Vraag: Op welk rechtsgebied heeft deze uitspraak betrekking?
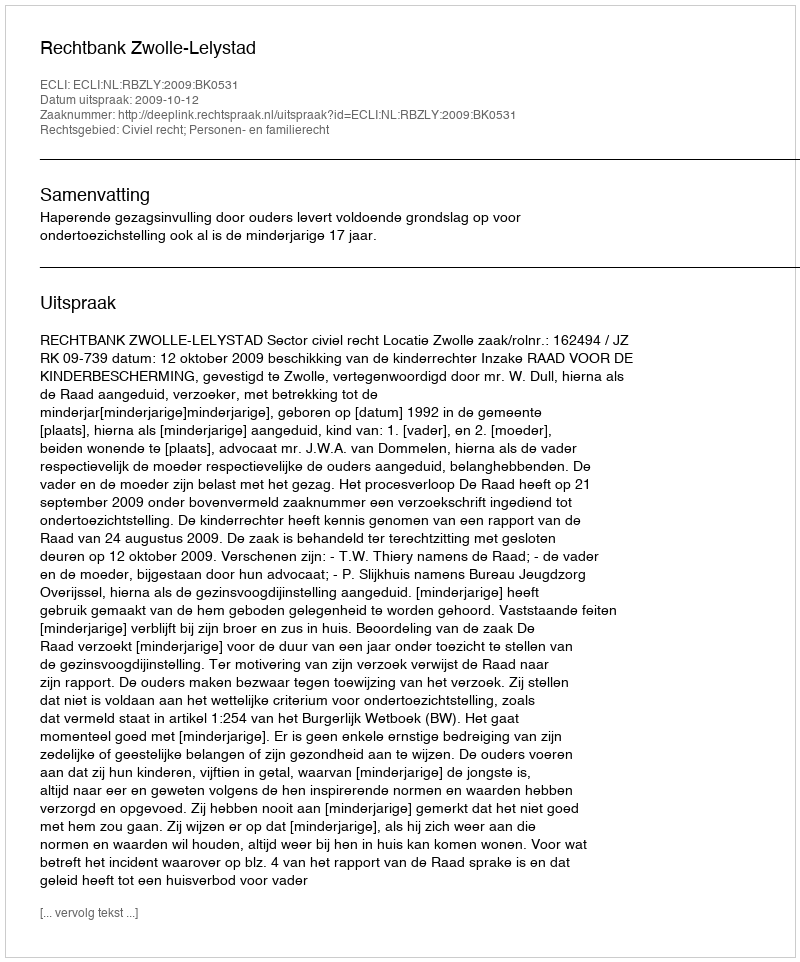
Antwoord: Civiel recht; Personen- en familierecht